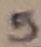
Text: 5